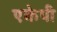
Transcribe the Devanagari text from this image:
एकेपी